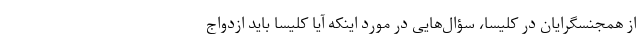
از همجنسگرایان در کلیسا، سؤال‌هایی در مورد اینکه آیا کلیسا باید ازدواج